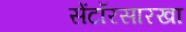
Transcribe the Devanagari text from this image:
सेंटॉरसारखा